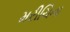
મરીચિના